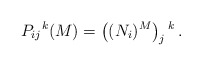
\begin{align*} P_{ij}{}^k(M) = \left( (N_i)^M \right)_j{}^k \,.\end{align*}